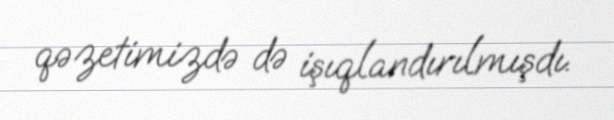
qəzetimizdə də işıqlandırılmışdı.